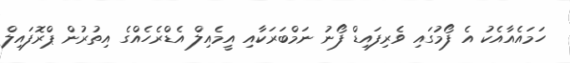
ހަމައެއާއެކު އެ ފޯމުގައި ވެރިފައިޑް ފޯނު ނަމްބަރަކާއި އީމެއިލް އެޑްރެހެއްގެ އިތުރުން ޕްރޮފައިލް